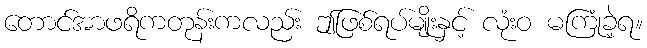
တောင်အာဖရိကတုန်းကလည်း ဤဖြစ်ရပ်မျိုးနှင့် လုံးဝ မကြုံခဲ့ရ။